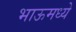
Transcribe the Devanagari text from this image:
भाऊमध्ये